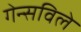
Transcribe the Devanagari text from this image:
गेन्सविले